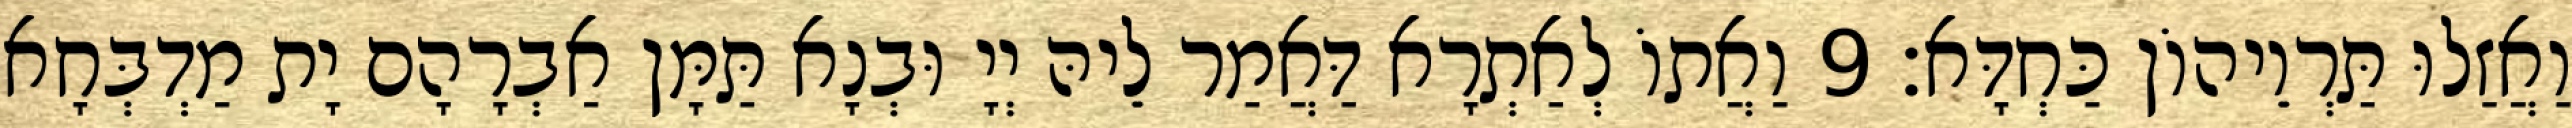
וַאֲזַלוּ תַּרְוֵיהוֹן כַּחְדָּא׃ 9 וַאֲתוֹ לְאַתְרָא דַּאֲמַר לֵיהּ יְיָ וּבְנָא תַּמָּן אַבְרָהָם יָת מַדְבְּחָא